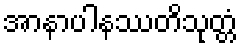
အာနာပါနဿတိသုတ္တံ